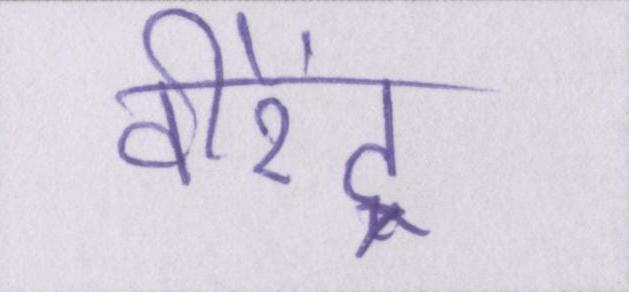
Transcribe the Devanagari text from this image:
वीरेंद्र